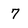
Character: 7